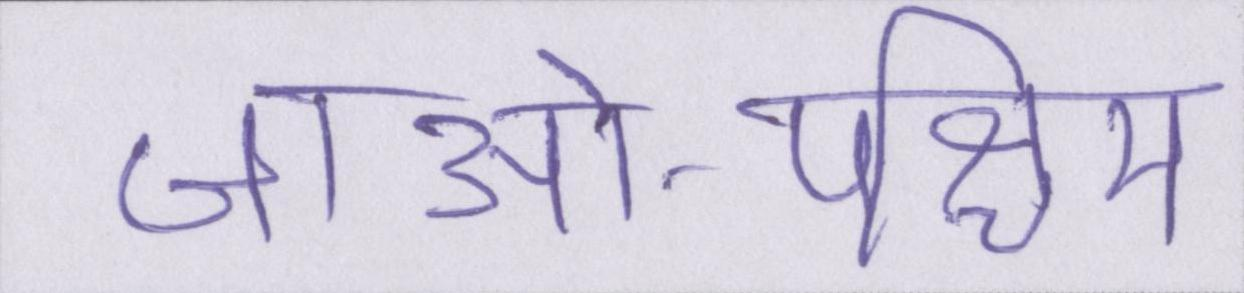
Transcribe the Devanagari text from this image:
जाओ-पश्चिम